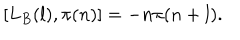
[ L _ { B } ( l ) , \pi ( n ) ] = - n \pi ( n + l ) .